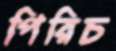
পিরিচ